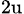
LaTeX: _{2\mathrm{u}}